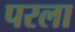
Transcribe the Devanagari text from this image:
परला